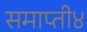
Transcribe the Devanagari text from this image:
समाप्ती४